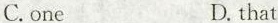
C.one D. that